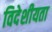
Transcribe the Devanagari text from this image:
विदेशीयता